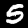
Digit: 5